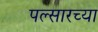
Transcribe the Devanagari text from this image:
पल्सारच्या